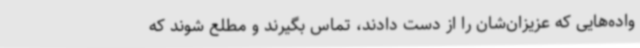
واده‌هایی که عزیزان‌شان را از دست دادند، تماس بگیرند و مطلع شوند که